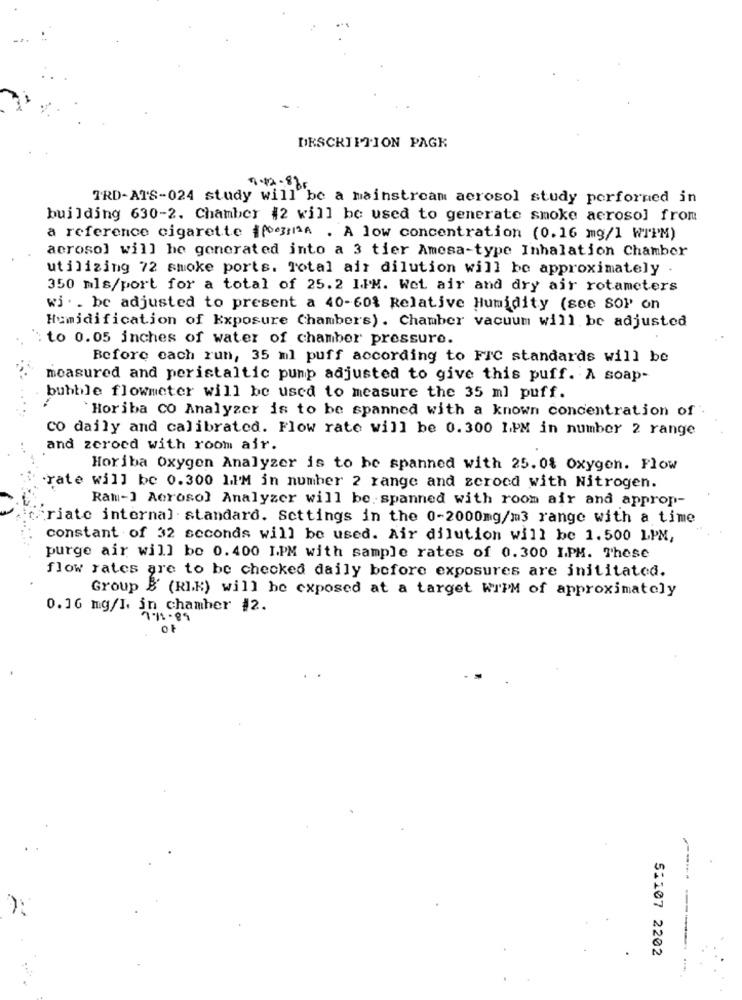
DESCRIPTION PAGK
9.42-885
TRD-ATS-024 study will be a mainstream aerosol study performed in
building 630-2. Chamber #2 will be used to generate smoke aerosol from
a reference cigarette ifoonA . A low concentration (0.16 mg/l WrPM)
aerosol will he generated into a 3 tier Amesa-type Inhalation Chamber
utilizing 72 smoke ports. Total air dilution will be approximately
350 mls/port for a total of 25.2 IPM. Wet air and dry air rotameters
wi . . be adjusted to present a 40-60% Relative Humidity (see sop on
Humidification of Exposure Chambers) . Chamber vacuum will be adjusted
to 0.05 inches of water of chamber pressure.
Before each run, 35 ml puff according to FIC standards will be
measured and peristaltic pump adjusted to give this puff. A soap-
bubble flowmeter will be used to measure the 35 ml puff.
`Horiba CO Analyzer is to be spanned with a known concentration of
co daily and calibrated. Flow rate will be 0.300 1PM in number 2 range
and zeroed with room air.
Horiba Oxygen Analyzer is to be spanned with 25.08 Oxygen. Flow
"rate will be 0.300 1PM in number 2 range and zeroed with Nitrogen.
Ram-] Aerosol Analyzer will be. spanned with room air and approp-
"riate internal - standard. Settings in the 0-2000mg/m3 range with a time
constant of 32 seconds will be used. Air dilution will be 1.500 LPM,
purge air will be 0.400 1PM with sample rates of 0.300 I.PM. These
flow rates are to be checked daily before exposures are inititated.
Group B (RIK) will be exposed at a target WTPM of approximately
0.16 mg/I. in chamher #2.
OF
51107 2202